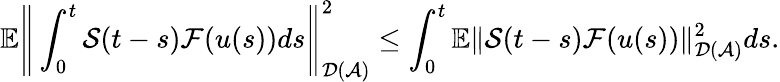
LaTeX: \mathbb{E}\Bigg\Vert\int_{0}^{t}\mathcal{S}(t-s)\mathcal{F}(u(s))ds\Bigg\Vert_{\mathcal{D}(\mathcal{A})}^{2}\leq\int_{0}^{t}\mathbb{E}\Vert\mathcal{S}(t-s)\mathcal{F}(u(s))\Vert_{\mathcal{D}(\mathcal{A})}^{2}ds.